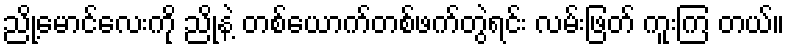
ညို့မောင်လေးကို ညိုနဲ့ တစ်ယောက်တစ်ဖက်တွဲရင်း လမ်းဖြတ် ကူးကြ တယ်။